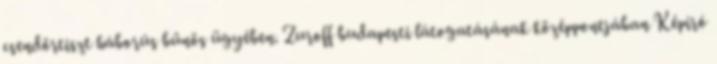
csendőrtiszt háborús bűnös ügyében. Zuroff budapesti látogatásának középpontjában Képíró